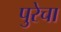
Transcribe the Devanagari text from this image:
पुरेचा